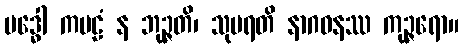
ဗဒ္ဓေါ ကဗဠံ န ဘုဉ္ဇတိ၊ သုမရတိ နာဂဝနဿ ကုဉ္ဇရော။